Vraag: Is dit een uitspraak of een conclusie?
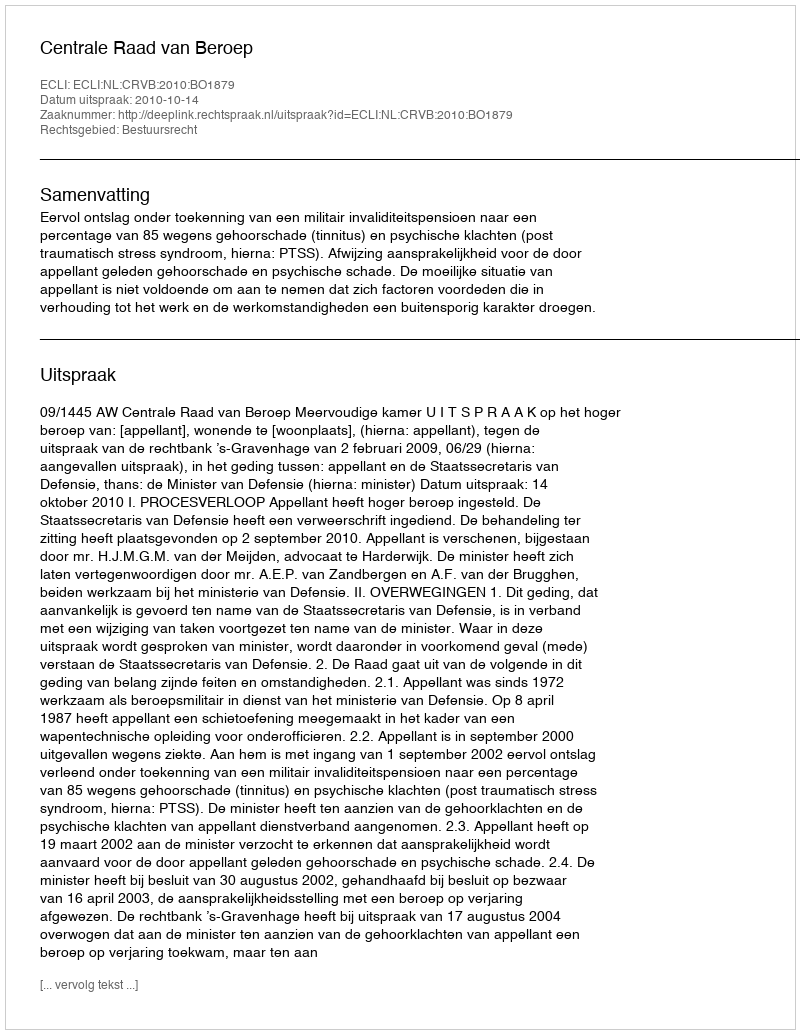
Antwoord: Uitspraak